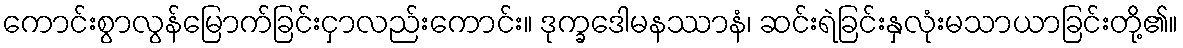
ကောင်းစွာလွန်မြောက်ခြင်းငှာလည်းကောင်း။ ဒုက္ခဒေါမနဿာနံ၊ ဆင်းရဲခြင်းနှလုံးမသာယာခြင်းတို့၏။